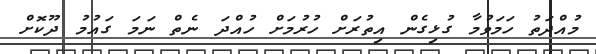
މުއްދަތު ހަމަވުމާ ގުޅިގެން އިތުރަށް ހުރުމަށް ހުއްދަ ނެތް ނަމަ ގައުމު ދޫކޮށް